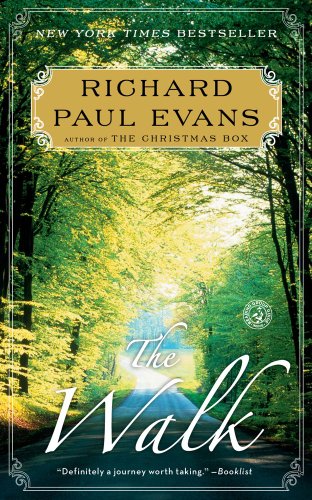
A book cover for The Walk: A Novel; Richard Paul Evans; Romance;